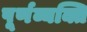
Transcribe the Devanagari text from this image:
पूर्णव्यक्ति